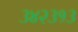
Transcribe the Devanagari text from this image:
३४२३१३